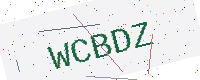
Text: WCBDZ